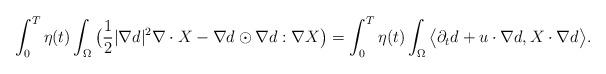
LaTeX: \begin{align*}\int_0^T\eta(t)\int_\Omega \big(\frac12|\nabla d|^2\nabla\cdot X-\nabla d\odot\nabla d:\nabla X\big)=\int_0^T\eta(t)\int_\Omega \big\langle \partial_t d+u\cdot\nabla d, X\cdot\nabla d\big\rangle.\end{align*}